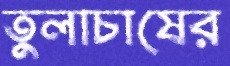
তুলাচাষের